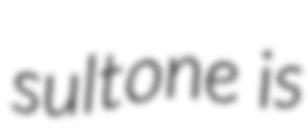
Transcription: sultone is